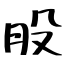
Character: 股